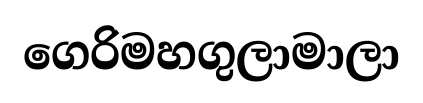
ගෙරිමහගුලාමාලා